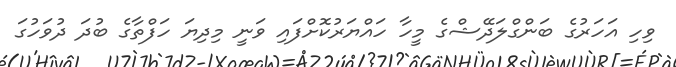
ވިހި އަހަރުގެ ބަންގްލަދޭޝްގެ މީހާ ހައްޔަރުކޮށްފައި ވަނީ މިދިޔަ ހަފްތާގެ ބުދަ ދުވަހުގަ